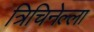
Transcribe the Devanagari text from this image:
त्रिचिनेल्ला